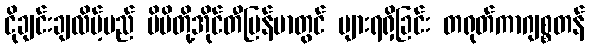
ငိုချင်းချလိမ့်မည် မိမိတို့အိုင်တီမြန်မာတွင် များရရှိခြင်း တရုတ်ကာဂျစ္စတန်